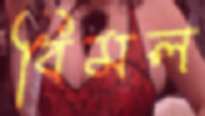
বিমল